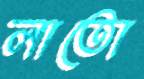
লাতো